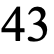
43